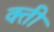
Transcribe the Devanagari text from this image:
क्ती